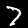
Digit: 7